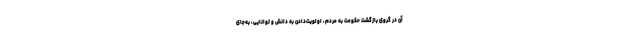
آن در گروی بازگشت حکومت به مردم، اولویت‌دادن به دانش و توانایی، به‌جای